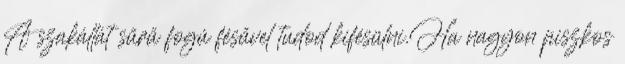
A szakállát sűrű fogú fésűvel tudod kifésülni.Ha nagyon piszkos